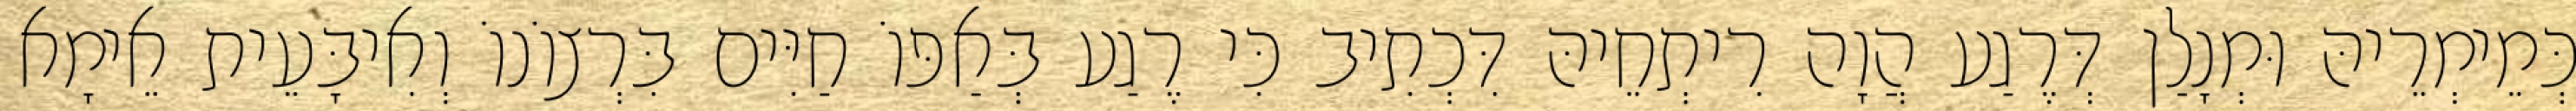
כְּמֵימְרֵיהּ וּמְנָלַן דְּרֶגַע הֲוָה רִיתְחֵיהּ דִּכְתִיב כִּי רֶגַע בְּאַפּוֹ חַיִּים בִּרְצוֹנוֹ וְאִיבָּעֵית אֵימָא